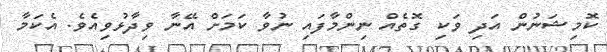
ކޮމިޝަނުން އަދި ވަކި ގޮތެއް ނިންމާފައި ނުވާ ކަމަށް އޭނާ ވިދާޅުވިއެވެ. އެކަމާ